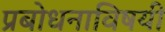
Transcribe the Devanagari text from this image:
प्रबोधनाविषयी